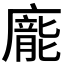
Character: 𭚂